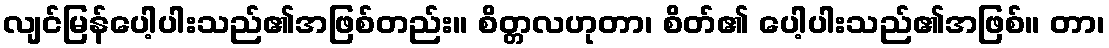
လျင်မြန်ပေါ့ပါးသည်၏အဖြစ်တည်း။ စိတ္တလဟုတာ၊ စိတ်၏ ပေါ့ပါးသည်၏အဖြစ်။ တာ၊